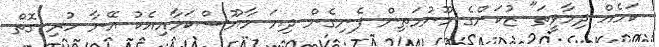
ކަމެއް ދިމާވީތަ" ޒުކަންގެ މޫނުމަތިން ފެނިގެން ދިޔަ މާޔޫސްކަމާއިއެކު އޭނާ ހުރި ގޮތް